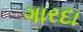
ગારદા